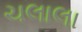
ચલાલા